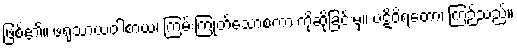
ဖြစ်၏။ ဖရုသာယဝါစာယ၊ ကြမ်းကြုတ်သောစကားကိုဆိုခြင်းမှ။ ပဋိဝိရတော၊ ကြဉ်သည်။